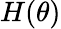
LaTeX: H(\theta)